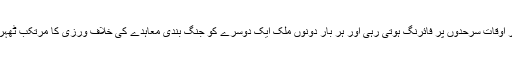
لیکن اکثر اوقات سرحدوں پر فائرنگ ہوتی رہی اور ہر بار دونوں ملک ایک دوسرے کو جنگ بندی معاہدے کی خلاف ورزی کا مرتکب ٹھہراتے ہیں۔